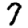
Digit: 7